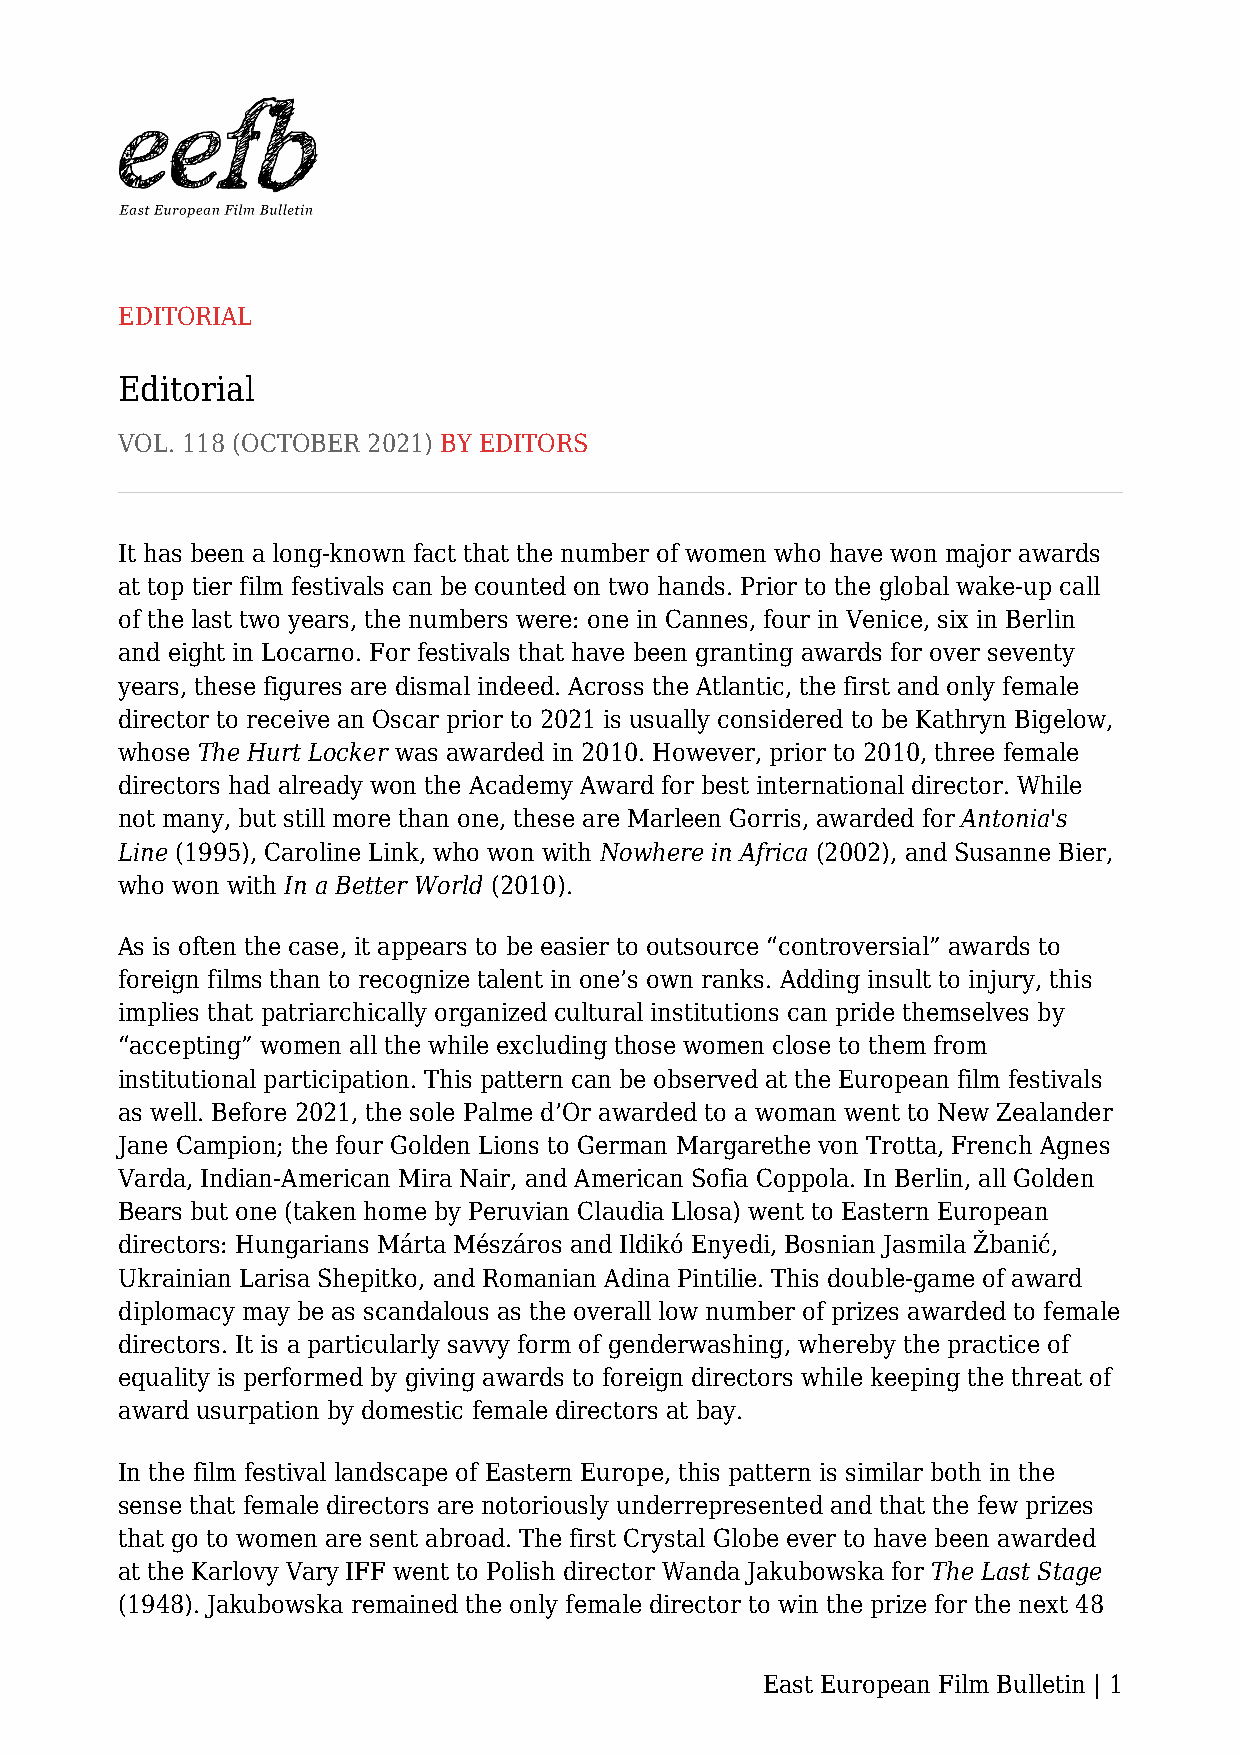
EDITORIAL
 Editorial
 VOL. 118 (OCTOBER 2021) BY EDITORS
 It has been a long-known fact that the number of women who have won major awards
 at top tier film festivals can be counted on two hands. Prior to the global wake-up call
 of the last two years, the numbers were: one in Cannes, four in Venice, six in Berlin
 and eight in Locarno. For festivals that have been granting awards for over seventy
 years, these figures are dismal indeed. Across the Atlantic, the first and only female
 director to receive an Oscar prior to 2021 is usually considered to be Kathryn Bigelow,
 whose The Hurt Locker was awarded in 2010. However, prior to 2010, three female
 directors had already won the Academy Award for best international director. While
 not many, but still more than one, these are Marleen Gorris, awarded for Antonia's
 Line (1995), Caroline Link, who won with Nowhere in Africa (2002), and Susanne Bier,
 who won with In a Better World (2010).
 As is often the case, it appears to be easier to outsource “controversial” awards to
 foreign films than to recognize talent in one’s own ranks. Adding insult to injury, this
 implies that patriarchically organized cultural institutions can pride themselves by
 “accepting” women all the while excluding those women close to them from
 institutional participation. This pattern can be observed at the European film festivals
 as well. Before 2021, the sole Palme d’Or awarded to a woman went to New Zealander
 Jane Campion; the four Golden Lions to German Margarethe von Trotta, French Agnes
 Varda, Indian-American Mira Nair, and American Sofia Coppola. In Berlin, all Golden
 Bears but one (taken home by Peruvian Claudia Llosa) went to Eastern European
 directors: Hungarians Márta Mészáros and Ildikó Enyedi, Bosnian Jasmila Žbanić,
 Ukrainian Larisa Shepitko, and Romanian Adina Pintilie. This double-game of award
 diplomacy may be as scandalous as the overall low number of prizes awarded to female
 directors. It is a particularly savvy form of genderwashing, whereby the practice of
 equality is performed by giving awards to foreign directors while keeping the threat of
 award usurpation by domestic female directors at bay.
 In the film festival landscape of Eastern Europe, this pattern is similar both in the
 sense that female directors are notoriously underrepresented and that the few prizes
 that go to women are sent abroad. The first Crystal Globe ever to have been awarded
 at the Karlovy Vary IFF went to Polish director Wanda Jakubowska for The Last Stage
 (1948). Jakubowska remained the only female director to win the prize for the next 48
 East European Film Bulletin | 1